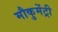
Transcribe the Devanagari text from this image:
मौकुमेंट्री